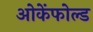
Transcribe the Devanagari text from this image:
ओकेंफोल्ड